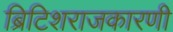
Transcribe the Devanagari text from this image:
ब्रिटिशराजकारणी